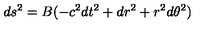
d s ^ { 2 } = B ( - c ^ { 2 } d t ^ { 2 } + d r ^ { 2 } + r ^ { 2 } d \theta ^ { 2 } )